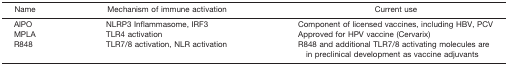
<table><thead><tr><td><b>Name</b></td><td><b>Mechanism of immune activation</b></td><td><b>Current use</b></td></tr></thead><tbody><tr><td>AlPO</td><td>NLRP3 Inflammasome, IRF3</td><td>Component of licensed vaccines, including HBV, PCV</td></tr><tr><td>MPLA</td><td>TLR4 activation</td><td>Approved for HPV vaccine (Cervarix)</td></tr><tr><td>R848</td><td>TLR7/8 activation, NLR activation</td><td>R848 and additional TLR7/8 activating molecules are in preclinical development as vaccine adjuvants</td></tr></tbody></table>